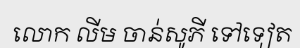
លោក លីម ចាន់សូភី ទៅទៀត